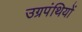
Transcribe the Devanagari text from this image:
उग्रपंथियों